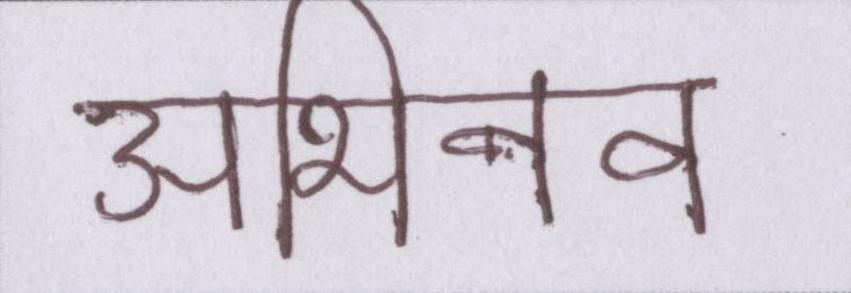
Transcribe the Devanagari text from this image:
अभिनव